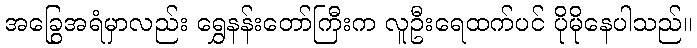
အခြွေအရံမှာလည်း ရွှေနန်းတော်ကြီးက လူဦးရေထက်ပင် ပိုမိုနေပါသည်။